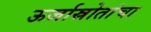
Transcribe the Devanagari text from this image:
ऊर्जास्रोतांचा